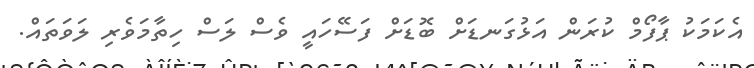
އެކަމަކު ޕާފޯމް ކުރަން އަޅުގަނޑަށް ބޮޑަށް ފަސޭހައީ ވެސް ލަސް ހިތާމަވެރި ލަވަތައް.